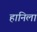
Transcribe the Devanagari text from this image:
हानिला